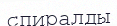
спиралды